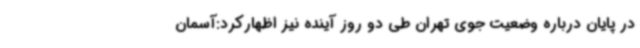
در پایان درباره وضعیت جوی تهران طی دو روز آینده نیز اظهارکرد:آسمان